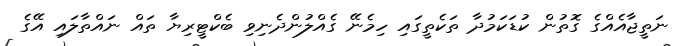
ނަތީޖާއެއްގެ ގޮތުން ކުޑަކަމުދާ ތަކެތީގައި ހިމެނޭ ގެއްލުންދެނިވި ބެކްޓީރިޔާ ތައް ނައްތާލައި އޭގެ